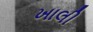
ખાલી